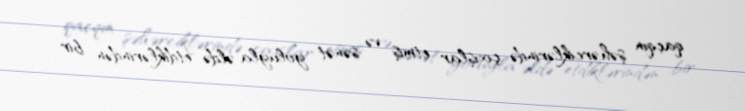
qaçqın şəhərciklərində çıxışlar etmiş və sənət yoluyla əldə etdiklərindən bir